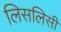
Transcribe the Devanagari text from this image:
लिसलिसी